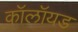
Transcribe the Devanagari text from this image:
कॉलॉयड